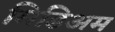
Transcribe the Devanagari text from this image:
मिडिअम